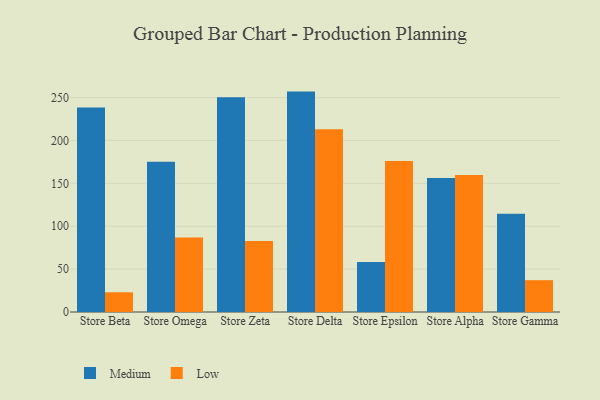
{"axis": {"x": "Store", "y": "Temperature (°C)"}, "legend": ["Low", "Medium"], "data": [{"x": "Store Beta", "y": 238.4, "type": "Medium"}, {"x": "Store Beta", "y": 23.0, "type": "Low"}, {"x": "Store Omega", "y": 175.2, "type": "Medium"}, {"x": "Store Omega", "y": 87.0, "type": "Low"}, {"x": "Store Zeta", "y": 250.4, "type": "Medium"}, {"x": "Store Zeta", "y": 82.7, "type": "Low"}, {"x": "Store Delta", "y": 257.0, "type": "Medium"}, {"x": "Store Delta", "y": 213.2, "type": "Low"}, {"x": "Store Epsilon", "y": 58.2, "type": "Medium"}, {"x": "Store Epsilon", "y": 176.1, "type": "Low"}, {"x": "Store Alpha", "y": 156.3, "type": "Medium"}, {"x": "Store Alpha", "y": 159.7, "type": "Low"}, {"x": "Store Gamma", "y": 114.6, "type": "Medium"}, {"x": "Store Gamma", "y": 37.1, "type": "Low"}]}